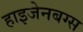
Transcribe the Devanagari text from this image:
हाइजेनबग्स